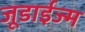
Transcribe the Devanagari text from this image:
जूडाईज्म